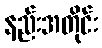
နည်းအတိုင်း